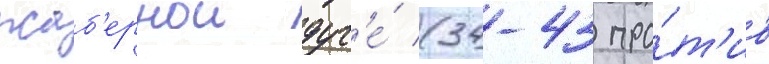
жаб'ернои дуг'е́ (34-43 про́т'ив